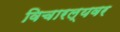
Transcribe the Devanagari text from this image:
विचारल्यवर